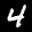
Label: 4